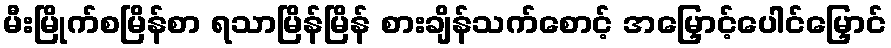
မီးမြိုက်စမြိန်စာ ရသာမြိန်မြိန် စားချိန်သက်စောင့် အမြှောင့်ပေါင်မြှောင်